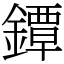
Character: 鐔